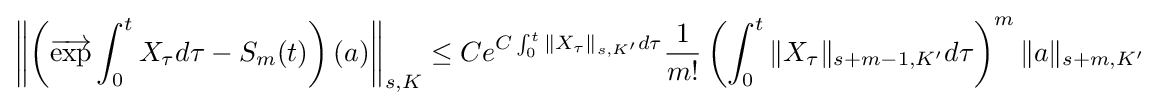
\left\|\left({\overrightarrow {\mathrm {exp} }}\int _{0}^{t}X_{\tau }d\tau -S_{m}(t)\right)(a)\right\|_{s,K}\leq Ce^{C\int _{0}^{t}\|X_{\tau }\|_{s,K'}d\tau }{\frac {1}{m!}}\left(\int _{0}^{t}\|X_{\tau }\|_{s+m-1,K'}d\tau \right)^{m}\|a\|_{s+m,K'}